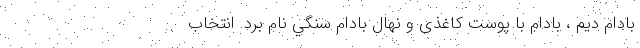
بادام ديم ، بادام با پوست کاغذی و نهال بادام سنگي نام برد. انتخاب